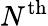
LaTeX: N^{\mathrm{th}}